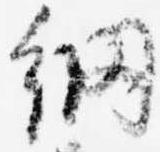
網